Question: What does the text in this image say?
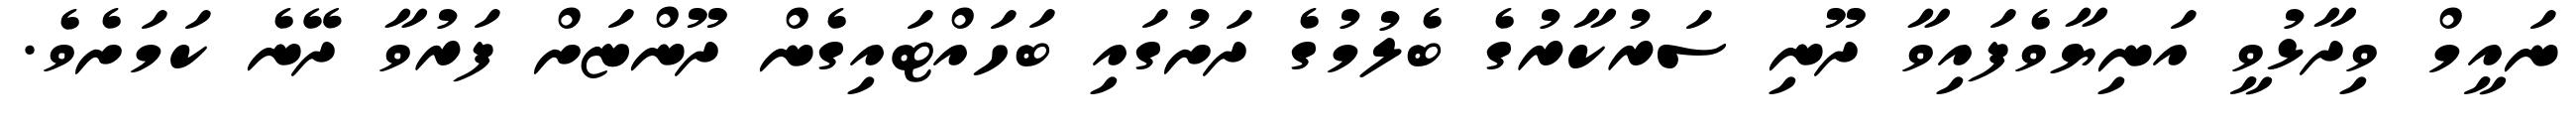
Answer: ނައީމް ވިދާޅުވީ އަނިޔާވެފައިވާ ދޫނި ސަރުކާރުގެ ބެލުމުގެ ދަށުގައި ބަހައްޓައިގެން ދޫންޏަށް ފަރުވާ ދޭނެ ކަމަށެވެ.